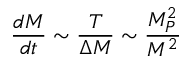
\frac { d M } { d t } \sim \frac { T } { \Delta M } \sim \frac { M _ { P } ^ { 2 } } { M ^ { 2 } }